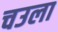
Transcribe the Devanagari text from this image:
चउला